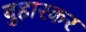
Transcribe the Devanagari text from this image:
बुहारकर